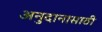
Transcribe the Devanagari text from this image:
अनुदानासाठी